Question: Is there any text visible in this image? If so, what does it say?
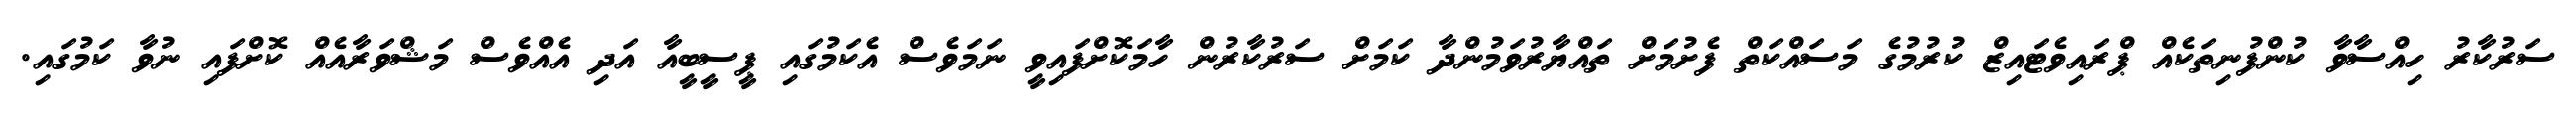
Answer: ސަރުކާރު ހިއްސާވާ ކުންފުނިތަކެއް ޕްރައިވެޓައިޒް ކުރުމުގެ މަސައްކަތް ފެށުމަށް ތައްޔާރުވަމުންދާ ކަމަށް ސަރުކާރުން ހާމަކޮށްފައިވީ ނަމަވެސް އެކަމުގައި ޕީސީބީއާ އަދި އެއްވެސް މަޝްވަރާއެއް ކޮށްފައި ނުވާ ކަމުގައި.